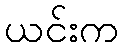
ယင်းက